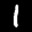
Label: 1